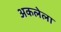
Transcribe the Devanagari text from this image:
अकलेला